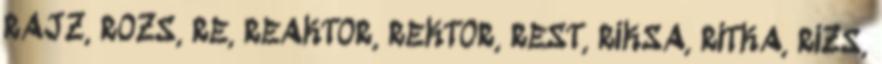
RAJZ, ROZS, RE, REAKTOR, REKTOR, REST, RIKSA, RITKA, RIZS,